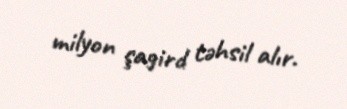
milyon şagird təhsil alır.